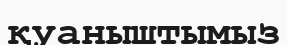
қуаныштымыз